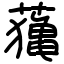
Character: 𦿷